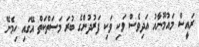
ރައީސް މައުމޫނާއު އަދިވެސް ވަކި ވަކި ފަރުދުންގެ ބުރަ މަސަތްކަތް އޭގައި ހިމެނޭ